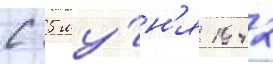
С 5 иу́н'я 1942